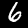
Label: 6